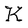
Character: K